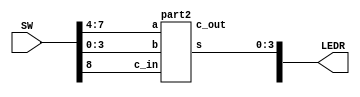

module top(SW, LEDR);
	input [9:0] SW;
	output [9:0] LEDR;

	wire [3:0] c_out;

   part2 u0 (.a(SW[7:4]), .b(SW[3:0]), .c_in(SW[8]), .s(LEDR[3:0]), .c_out(c_out[3:0]));
   assign LEDR[9] = c_out[3];
	
endmodule
	 

module fa(a, b, cin, s, cout);
	input a, b, cin;
	output s, cout;
	
	assign s = a^b^cin;
	assign cout = (a&b)|(a&cin)|(b&cin);
	
endmodule

module part2(a, b, c_in, s, c_out);
	input[3:0] a, b;
	input c_in;
	output[3:0] s;
   output [3:0] c_out;
	
	
	
	fa u0(a[0], b[0], c_in, s[0], c_out[0]);
	fa u1(a[1], b[1], c_out[0], s[1], c_out[1]);
	fa u2(a[2], b[2], c_out[1], s[2], c_out[2]);
	fa u3(a[3], b[3], c_out[2], s[3], c_out[3]);

endmodule